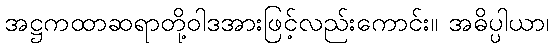
အဋ္ဌကထာဆရာတို့ဝါဒအားဖြင့်လည်းကောင်း။ အဓိပ္ပါယာ၊